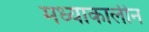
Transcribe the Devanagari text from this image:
मध्याकालीन